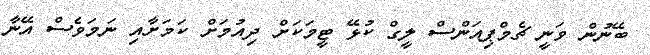
ބޭނުން ވަނީ ޗެމްޕިއަންސް ލީގް ކުޅޭ ޓީމަކަށް ދިއުމަށް ކަމަށާއި ނަމަވެސް އޭނާ